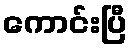
ကောင်းပြီ